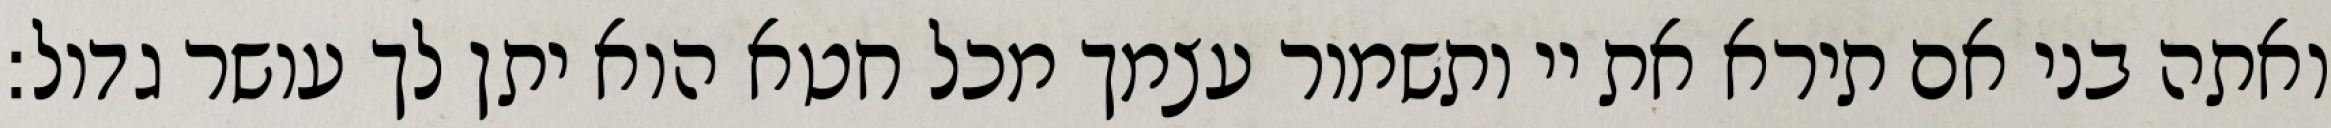
ואתה בני אם תירא את יי ותשמור עצמך מכל חטא הוא יתן לך עושר גדול: